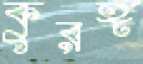
কুরঙ্গ